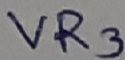
Text: VR3